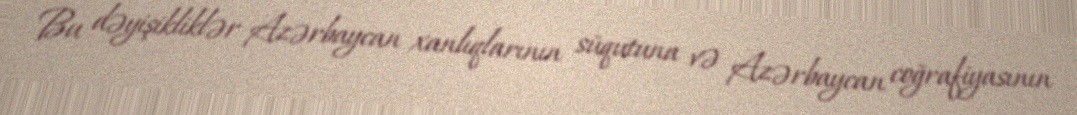
Bu dəyişikliklər Azərbaycan xanlıqlarının süqutuna və Azərbaycan coğrafiyasının